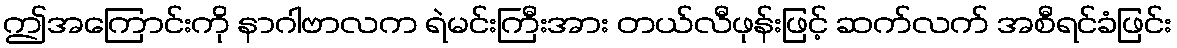
ဤအကြောင်းကို နာဂါဗာလက ရဲမင်းကြီးအား တယ်လီဖုန်းဖြင့် ဆက်လက် အစီရင်ခံဖြင်း